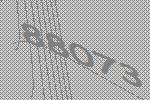
88073